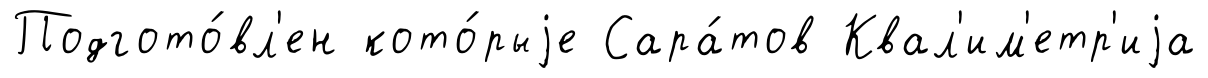
Подгото́вл'ен кото́рыjе Сара́тов Квал'им'етр'иjа